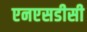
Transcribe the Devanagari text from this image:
एनएसडीसी